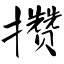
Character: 攒